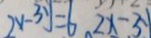
2 x - 3 y = 6 2 x - . 3 y